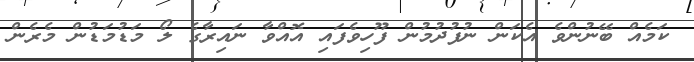
ކަމެއް ބޭނުންވެ އެކަން ނުފުދުމުން ފޫހިވެފައި އޮއްވާ ނައިރާގެ ލޯ މަޑުމަޑުން މެރެން